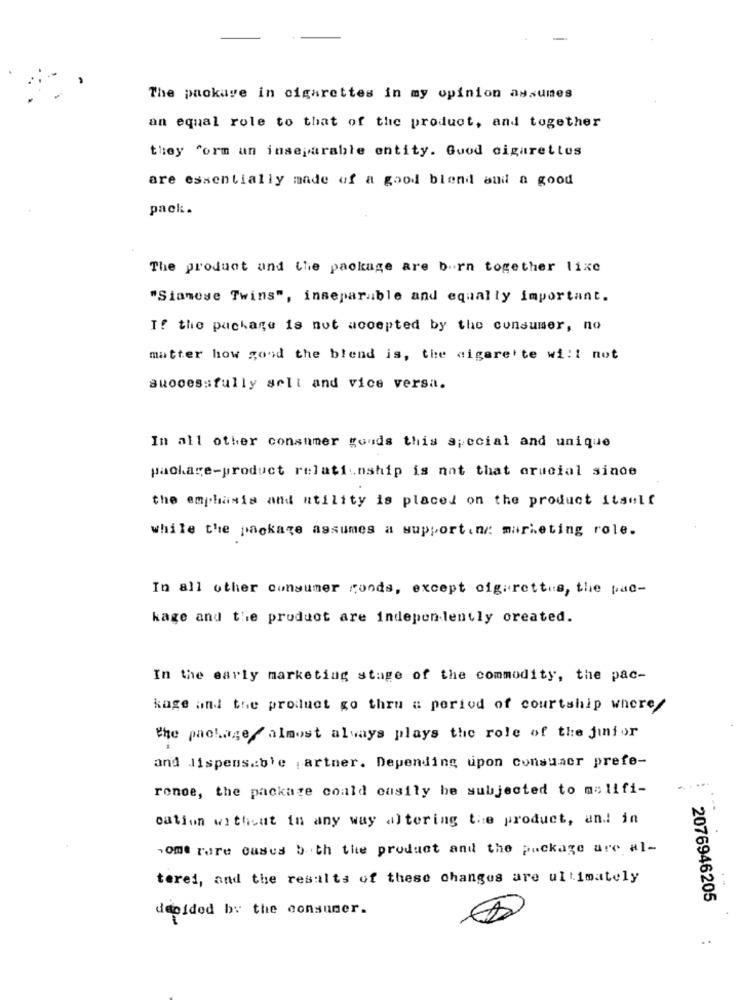
The package in cigarettes in my opinion assumes
an equal role to that of the product, and together
they form an inseparable entity. Good cigarettes
are essentially made of a good blend and a good
pack.
The product and the package are born together lixe
"Siamese Twins", inseparable and equally important.
If the package is not accepted by the consumer, no
matter how good the blend is, the cigarette will not
suocessfully sell and vice versa.
In all other consumer gouds this special and unique
package-product relationship is not that crucial since
the emphasis and utility is placed on the product itself
while the package assumes a support.nr: marketing role.
In all other consumer goods, except cigarettes, the pac-
kage and the product are independently created.
In the early marketing stage of the commodity, the pac-
kage and the product go thru a period of courtship where/
the package almost always plays the role of the junior
and dispensable partner. Depending upon consumer prefe-
ronoe, the package could easily be subjected to molifi-
..
cation without in any way a)tering the product, and in
nome rare cases both the product and the package are al-
terei, and the results of these changes are ultimately
2076946205
decided by the consumer.
..